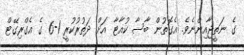
ގެ ނަތީޖާއިންނެވެ. އެގޮތުން ބާސާ ކުއާޓާ އަށް ދަތުރުކުރީ 1-6 ގެ އެގްރިގޭޓް